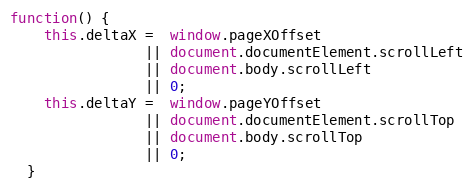
Language: JavaScript
function() {
    this.deltaX =  window.pageXOffset
                || document.documentElement.scrollLeft
                || document.body.scrollLeft
                || 0;
    this.deltaY =  window.pageYOffset
                || document.documentElement.scrollTop
                || document.body.scrollTop
                || 0;
  }